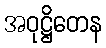
အဝုဋ္ဌိတေန